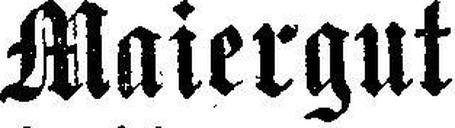
Maiergut